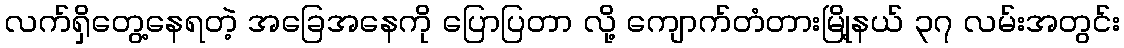
လက်ရှိတွေ့နေရတဲ့ အခြေအနေကို ပြောပြတာ လို့ ကျောက်တံတားမြို့နယ် ၃၇ လမ်းအတွင်း